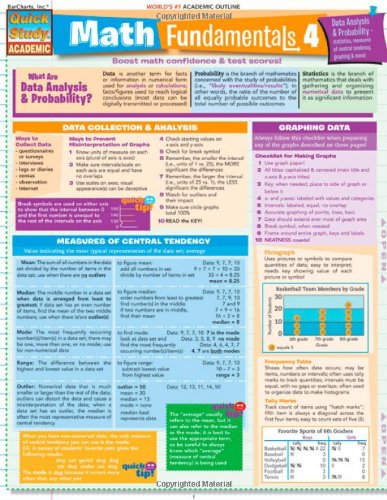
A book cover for Math Fundamentals 4 (Quickstudy: Academic); Inc. BarCharts; Science & Math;